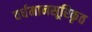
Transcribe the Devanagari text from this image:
वर्धमानसूरिकृत